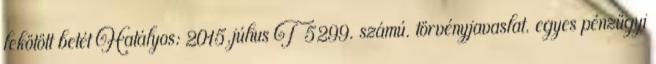
lekötött betét Hatályos: 2015.július T 5299. számú. törvényjavaslat. egyes pénzügyi